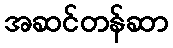
အဆင်တန်ဆာ